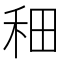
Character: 𫀪